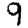
Digit: 9